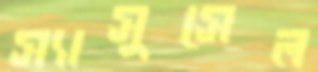
স্যাসুসেল